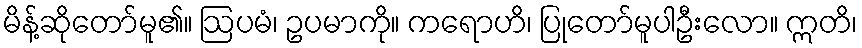
မိန့်ဆိုတော်မူ၏။ ဩပမံ၊ ဥပမာကို။ ကရောဟိ၊ ပြုတော်မူပါဦးလော။ ဣတိ၊